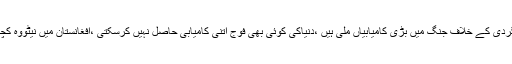
نجی ٹی وی سے گفتگوکرتے ہوئے انہوں نے کہاکہ دہشتگردی کے خلاف جنگ میں بڑی کامیابیاں ملی ہیں ،دنیاکی کوئی بھی فوج اتنی کامیابی حاصل نہیں کرسکتی ،افغانستان میں نیٹووہ کچھ نہیں کرسکی جوہماری فوج نے ڈیڑھ سال میں کردکھایا۔